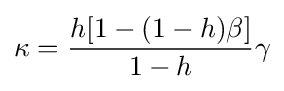
\kappa ={\frac {h[1-(1-h)\beta ]}{1-h}}\gamma